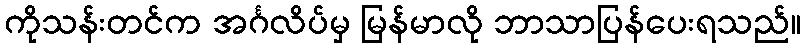
ကိုသန်းတင်က အင်္ဂလိပ်မှ မြန်မာလို ဘာသာပြန်ပေးရသည်။